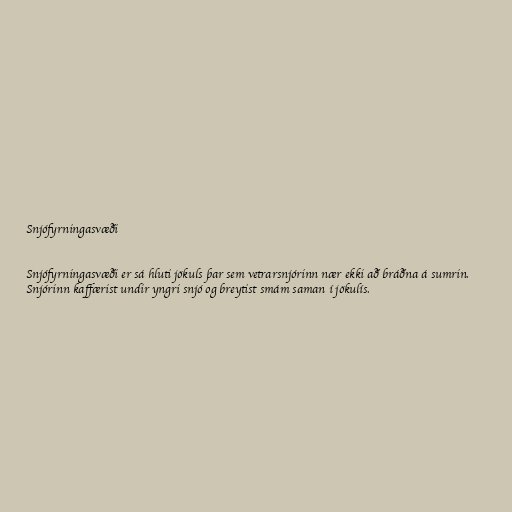
Snjófyrningasvæði

Snjófyrningasvæði er sá hluti jökuls þar sem vetrarsnjórinn nær ekki að bráðna á sumrin.
Snjórinn kaffærist undir yngri snjó og breytist smám saman í jökulís.